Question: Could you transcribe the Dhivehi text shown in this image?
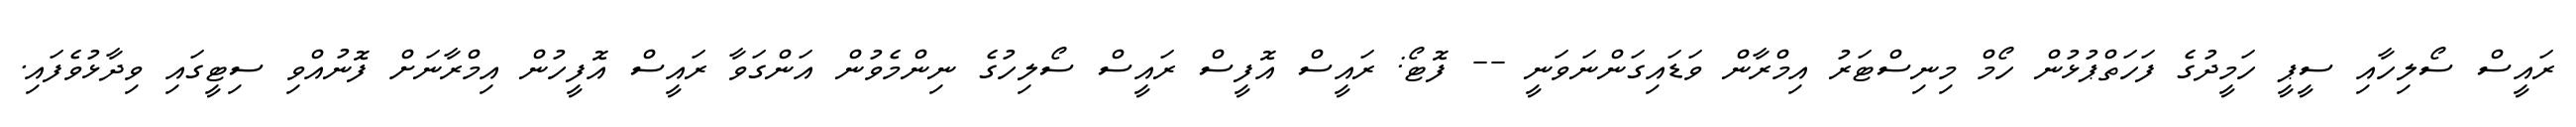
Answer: ރައީސް ސޯލިހާއި ސީޕީ ހަމީދުގެ ފަހަތްޕުޅުން ހޯމް މިނިސްޓަރު އިމްރާން ވަޑައިގަންނަވަނީ -- ފޮޓޯ: ރައީސް އޮފީސް ރައީސް ސޯލިހުގެ ނިންމެވުން އަންގަވާ ރައީސް އޮފީހުން އިމްރާނަށް ފޮނުއްވި ސިޓީގައި ވިދާޅުވެފައި.